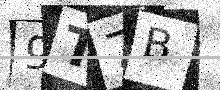
Text: 9T7B